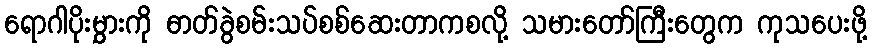
ရောဂါပိုးမွှားကို ဓာတ်ခွဲစမ်းသပ်စစ်ဆေးတာကစလို့ သမားတော်ကြီးတွေက ကုသပေးဖို့